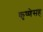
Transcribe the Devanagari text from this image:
कृष्णेसह